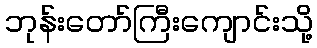
ဘုန်းတော်ကြီးကျောင်းသို့